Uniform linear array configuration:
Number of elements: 64
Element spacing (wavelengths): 0.5
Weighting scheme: hann
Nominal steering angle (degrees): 60
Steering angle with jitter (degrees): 60.419
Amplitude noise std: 0.05
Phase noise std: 0.05

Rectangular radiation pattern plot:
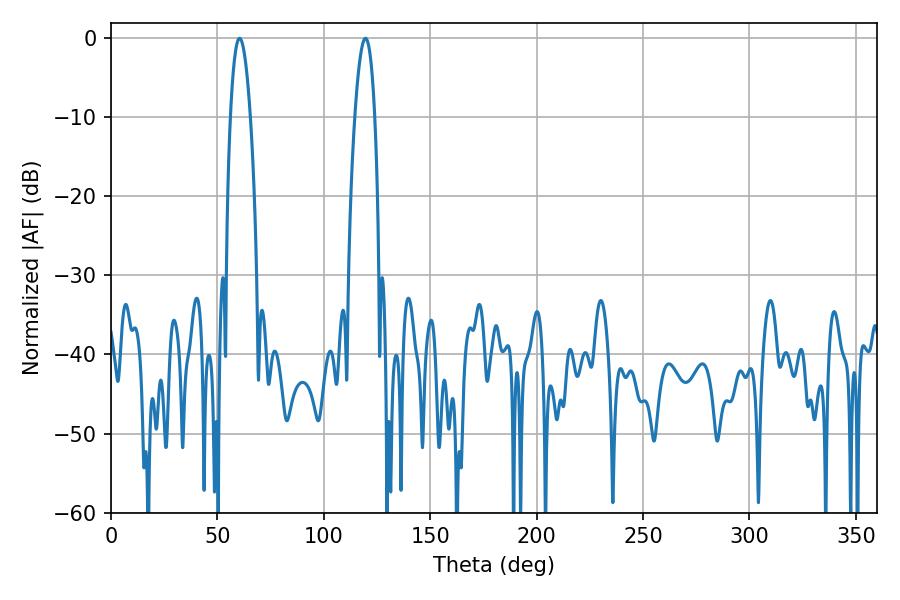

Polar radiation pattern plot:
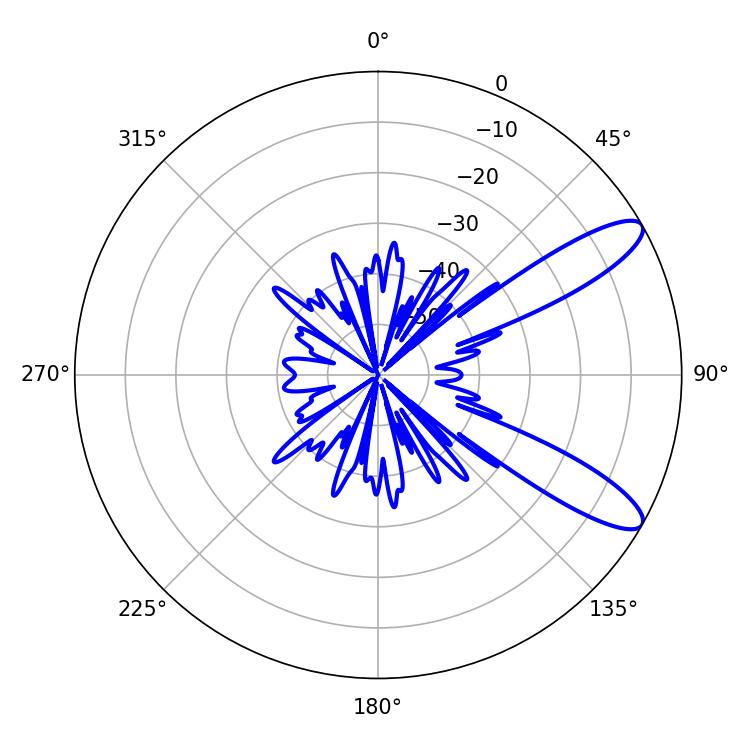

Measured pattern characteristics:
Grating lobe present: FALSE
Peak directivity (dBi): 10.708
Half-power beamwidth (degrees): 5.22
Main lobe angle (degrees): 60.48